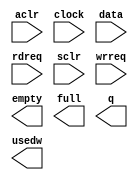
// megafunction wizard: %FIFO%VBB%
// GENERATION: STANDARD
// VERSION: WM1.0
// MODULE: scfifo 

// ============================================================
// Megafunction Name(s):
// 			scfifo
//
// Simulation Library Files(s):
// 			altera_mf
// ============================================================
// ************************************************************
// THIS IS A WIZARD-GENERATED FILE. DO NOT EDIT THIS FILE!
//
// 14.0.0 Build 200 06/17/2014 SJ Full Version
// ************************************************************

//Copyright (C) 1991-2014 Altera Corporation. All rights reserved.
//Your use of Altera Corporation's design tools, logic functions 
//and other software and tools, and its AMPP partner logic 
//functions, and any output files from any of the foregoing 
//(including device programming or simulation files), and any 
//associated documentation or information are expressly subject 
//to the terms and conditions of the Altera Program License 
//Subscription Agreement, the Altera Quartus II License Agreement,
//the Altera MegaCore Function License Agreement, or other 
//applicable license agreement, including, without limitation, 
//that your use is for the sole purpose of programming logic 
//devices manufactured by Altera and sold by Altera or its 
//authorized distributors.  Please refer to the applicable 
//agreement for further details.

module alt_fifo_4b_4096w (
	aclr,
	clock,
	data,
	rdreq,
	sclr,
	wrreq,
	empty,
	full,
	q,
	usedw);

	input	  aclr;
	input	  clock;
	input	[3:0]  data;
	input	  rdreq;
	input	  sclr;
	input	  wrreq;
	output	  empty;
	output	  full;
	output	[3:0]  q;
	output	[11:0]  usedw;

endmodule

// ============================================================
// CNX file retrieval info
// ============================================================
// Retrieval info: PRIVATE: AlmostEmpty NUMERIC "0"
// Retrieval info: PRIVATE: AlmostEmptyThr NUMERIC "-1"
// Retrieval info: PRIVATE: AlmostFull NUMERIC "0"
// Retrieval info: PRIVATE: AlmostFullThr NUMERIC "-1"
// Retrieval info: PRIVATE: CLOCKS_ARE_SYNCHRONIZED NUMERIC "0"
// Retrieval info: PRIVATE: Clock NUMERIC "0"
// Retrieval info: PRIVATE: Depth NUMERIC "4096"
// Retrieval info: PRIVATE: Empty NUMERIC "1"
// Retrieval info: PRIVATE: Full NUMERIC "1"
// Retrieval info: PRIVATE: INTENDED_DEVICE_FAMILY STRING "Cyclone V"
// Retrieval info: PRIVATE: LE_BasedFIFO NUMERIC "0"
// Retrieval info: PRIVATE: LegacyRREQ NUMERIC "0"
// Retrieval info: PRIVATE: MAX_DEPTH_BY_9 NUMERIC "0"
// Retrieval info: PRIVATE: OVERFLOW_CHECKING NUMERIC "0"
// Retrieval info: PRIVATE: Optimize NUMERIC "0"
// Retrieval info: PRIVATE: RAM_BLOCK_TYPE NUMERIC "0"
// Retrieval info: PRIVATE: SYNTH_WRAPPER_GEN_POSTFIX STRING "0"
// Retrieval info: PRIVATE: UNDERFLOW_CHECKING NUMERIC "0"
// Retrieval info: PRIVATE: UsedW NUMERIC "1"
// Retrieval info: PRIVATE: Width NUMERIC "4"
// Retrieval info: PRIVATE: dc_aclr NUMERIC "0"
// Retrieval info: PRIVATE: diff_widths NUMERIC "0"
// Retrieval info: PRIVATE: msb_usedw NUMERIC "0"
// Retrieval info: PRIVATE: output_width NUMERIC "4"
// Retrieval info: PRIVATE: rsEmpty NUMERIC "1"
// Retrieval info: PRIVATE: rsFull NUMERIC "0"
// Retrieval info: PRIVATE: rsUsedW NUMERIC "0"
// Retrieval info: PRIVATE: sc_aclr NUMERIC "1"
// Retrieval info: PRIVATE: sc_sclr NUMERIC "1"
// Retrieval info: PRIVATE: wsEmpty NUMERIC "0"
// Retrieval info: PRIVATE: wsFull NUMERIC "1"
// Retrieval info: PRIVATE: wsUsedW NUMERIC "0"
// Retrieval info: LIBRARY: altera_mf altera_mf.altera_mf_components.all
// Retrieval info: CONSTANT: ADD_RAM_OUTPUT_REGISTER STRING "OFF"
// Retrieval info: CONSTANT: INTENDED_DEVICE_FAMILY STRING "Cyclone V"
// Retrieval info: CONSTANT: LPM_NUMWORDS NUMERIC "4096"
// Retrieval info: CONSTANT: LPM_SHOWAHEAD STRING "ON"
// Retrieval info: CONSTANT: LPM_TYPE STRING "scfifo"
// Retrieval info: CONSTANT: LPM_WIDTH NUMERIC "4"
// Retrieval info: CONSTANT: LPM_WIDTHU NUMERIC "12"
// Retrieval info: CONSTANT: OVERFLOW_CHECKING STRING "ON"
// Retrieval info: CONSTANT: UNDERFLOW_CHECKING STRING "ON"
// Retrieval info: CONSTANT: USE_EAB STRING "ON"
// Retrieval info: USED_PORT: aclr 0 0 0 0 INPUT NODEFVAL "aclr"
// Retrieval info: USED_PORT: clock 0 0 0 0 INPUT NODEFVAL "clock"
// Retrieval info: USED_PORT: data 0 0 4 0 INPUT NODEFVAL "data[3..0]"
// Retrieval info: USED_PORT: empty 0 0 0 0 OUTPUT NODEFVAL "empty"
// Retrieval info: USED_PORT: full 0 0 0 0 OUTPUT NODEFVAL "full"
// Retrieval info: USED_PORT: q 0 0 4 0 OUTPUT NODEFVAL "q[3..0]"
// Retrieval info: USED_PORT: rdreq 0 0 0 0 INPUT NODEFVAL "rdreq"
// Retrieval info: USED_PORT: sclr 0 0 0 0 INPUT NODEFVAL "sclr"
// Retrieval info: USED_PORT: usedw 0 0 12 0 OUTPUT NODEFVAL "usedw[11..0]"
// Retrieval info: USED_PORT: wrreq 0 0 0 0 INPUT NODEFVAL "wrreq"
// Retrieval info: CONNECT: @aclr 0 0 0 0 aclr 0 0 0 0
// Retrieval info: CONNECT: @clock 0 0 0 0 clock 0 0 0 0
// Retrieval info: CONNECT: @data 0 0 4 0 data 0 0 4 0
// Retrieval info: CONNECT: @rdreq 0 0 0 0 rdreq 0 0 0 0
// Retrieval info: CONNECT: @sclr 0 0 0 0 sclr 0 0 0 0
// Retrieval info: CONNECT: @wrreq 0 0 0 0 wrreq 0 0 0 0
// Retrieval info: CONNECT: empty 0 0 0 0 @empty 0 0 0 0
// Retrieval info: CONNECT: full 0 0 0 0 @full 0 0 0 0
// Retrieval info: CONNECT: q 0 0 4 0 @q 0 0 4 0
// Retrieval info: CONNECT: usedw 0 0 12 0 @usedw 0 0 12 0
// Retrieval info: GEN_FILE: TYPE_NORMAL alt_fifo_4b_4096w.v TRUE
// Retrieval info: GEN_FILE: TYPE_NORMAL alt_fifo_4b_4096w.inc FALSE
// Retrieval info: GEN_FILE: TYPE_NORMAL alt_fifo_4b_4096w.cmp FALSE
// Retrieval info: GEN_FILE: TYPE_NORMAL alt_fifo_4b_4096w.bsf FALSE
// Retrieval info: GEN_FILE: TYPE_NORMAL alt_fifo_4b_4096w_inst.v FALSE
// Retrieval info: GEN_FILE: TYPE_NORMAL alt_fifo_4b_4096w_bb.v TRUE
// Retrieval info: LIB_FILE: altera_mf